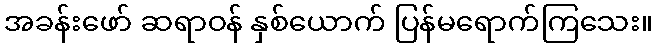
အခန်းဖော် ဆရာဝန် နှစ်ယောက် ပြန်မရောက်ကြသေး။